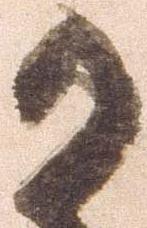
か